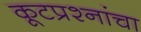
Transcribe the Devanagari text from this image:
कूटप्रश्नांचा